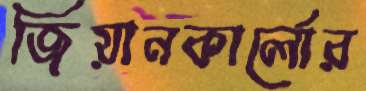
জিয়ানকার্লোর